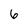
Character: 6